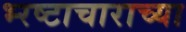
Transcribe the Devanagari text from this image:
भ्‍रष्टाचाराच्या